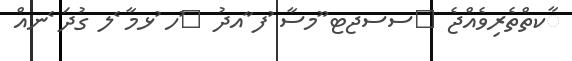
ާކތްތެރިވެއްޖެ 	ސސޖޓ ޫމސާ ުފ ާއދު 	ުހ ުޅމާ ެލ ގުދަ ެނއް